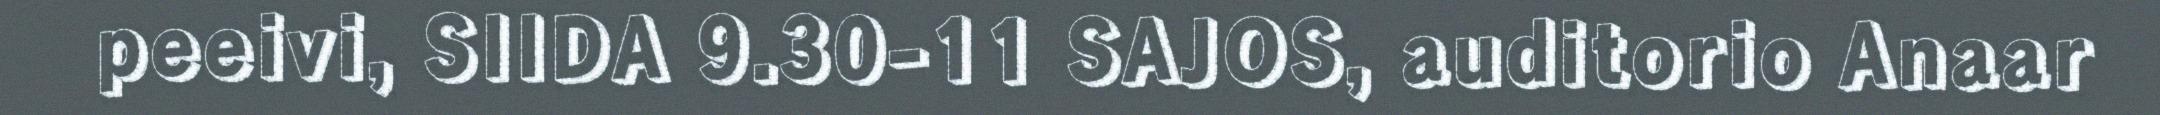
peeivi, SIIDA 9.30-11 SAJOS, auditorio Anaar